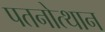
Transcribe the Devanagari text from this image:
पतनोत्थान